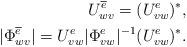
LaTeX: \begin{align*}U^{\overline{e}}_{wv} = (U^e_{vw})^*,\\|\Phi^{\overline{e}}_{wv}| = U^e_{vw} |\Phi^e_{vw}|^{-1} (U^e_{vw})^*.\end{align*}